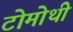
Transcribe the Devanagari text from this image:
टोमोथी